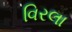
વિરલા